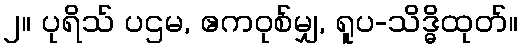
၂။ ပုရိသ် ပဌမ, ဧကဝုစ်မျှ, ရူပ-သိဒ္ဓိထုတ်။